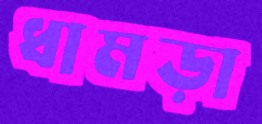
ধামড়া